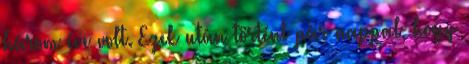
három éve volt. Ezek után történt pár nappal, hogy